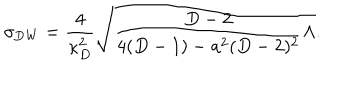
LaTeX: \sigma _ { \mathrm { D W } } = { \frac { 4 } { \kappa _ { D } ^ { 2 } } } \sqrt { { \frac { D - 2 } { 4 ( D - 1 ) - a ^ { 2 } ( D - 2 ) ^ { 2 } } } \Lambda } .